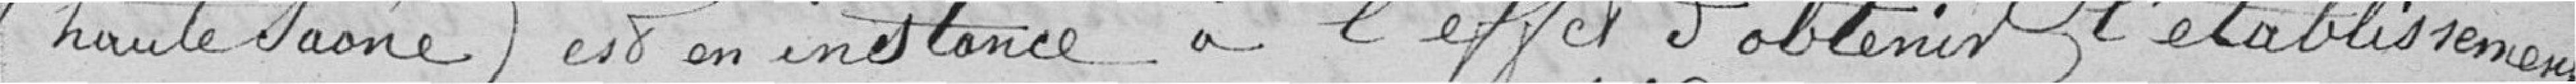
(Haute-Saône) est en instance à l'effet d'obtenir l'établissement